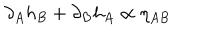
\partial _ { A } h _ { B } + \partial _ { B } h _ { A } \propto \eta _ { A B }